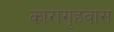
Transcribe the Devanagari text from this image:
कारागृहवास